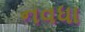
નવધા